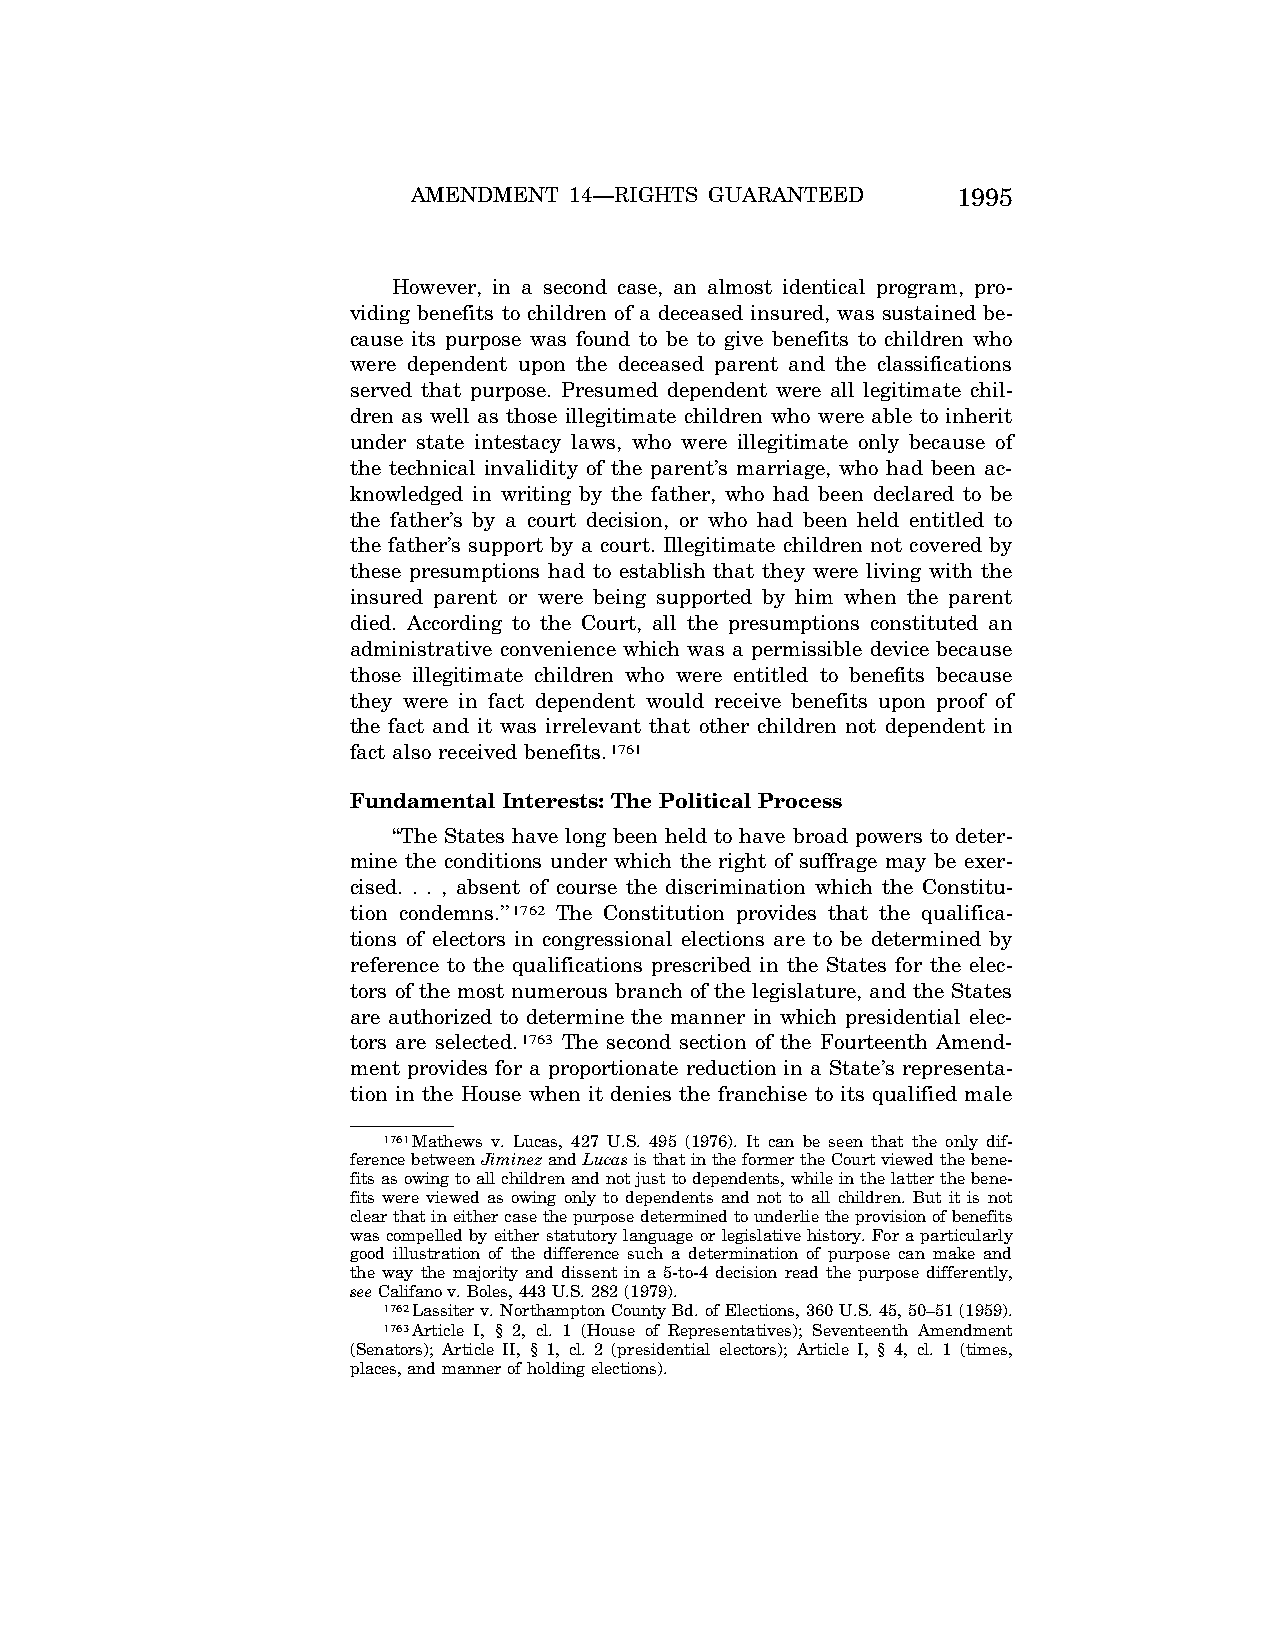
AMENDMENT  14—RIGHTS GUARANTEED     1995
 However, in a second case, an almost identical program, pro-
 viding benefits to children of a deceased insured, was sustained be-
 cause its purpose was found to be to give benefits to children who
 were dependent upon the deceased parent and the classifications
 served that purpose. Presumed dependent were all legitimate chil-
 dren as well as those illegitimate children who were able to inherit
 under state intestacy laws, who were illegitimate only because of
 the technical invalidity of the parent’s marriage, who had been ac-
 knowledged in writing by the father, who had been declared to be
 the father’s by a court decision, or who had been held entitled to
 the father’s support by a court. Illegitimate children not covered by
 these presumptions had to establish that they were living with the
 insured parent or were being supported by him when the parent
 died. According to the Court, all the presumptions constituted an
 administrative convenience which was a permissible device because
 those illegitimate children who were entitled to benefits because
 they were in fact dependent would receive benefits upon proof of
 the fact and it was irrelevant that other children not dependent in
 fact also received benefits.1761
 Fundamental Interests: The Political Process
 ‘‘The States have long been held to have broad powers to deter-
 mine the conditions under which the right of suffrage may be exer-
 cised. . . , absent of course the discrimination which the Constitu-
 tion condemns.’’1762 The Constitution provides that the qualifica-
 tions of electors in congressional elections are to be determined by
 reference to the qualifications prescribed in the States for the elec-
 tors of the most numerous branch of the legislature, and the States
 are authorized to determine the manner in which presidential elec-
 tors are selected.1763 The second section of the Fourteenth Amend-
 ment provides for a proportionate reduction in a State’s representa-
 tion in the House when it denies the franchise to its qualified male
 1761Mathews v. Lucas, 427 U.S. 495 (1976). It can be seen that the only dif-
 ference between JiminezandLucasis that in the former the Court viewed the bene-
 fits as owing to all children and not just to dependents, while in the latter the bene-
 fits were viewed as owing only to dependents and not to all children. But it is not
 clear that in either case the purpose determined to underlie the provision of benefits
 was compelled by either statutory language or legislative history. For a particularly
 good illustration of the difference such a determination of purpose can make and
 the way the majority and dissent in a 5-to-4 decision read the purpose differently,
 seeCalifano v. Boles, 443 U.S. 282 (1979).
 1762Lassiter v. Northampton County Bd. of Elections, 360 U.S. 45, 50–51 (1959).
 1763Article I, § 2, cl. 1 (House of Representatives); Seventeenth Amendment
 (Senators); Article II, § 1, cl. 2 (presidential electors); Article I, § 4, cl. 1 (times,
 places, and manner of holding elections).
 VerDate Jul<13>2004 05:44 Jul 13, 2004 Jkt 000000 PO 00000 Frm 00325 Fmt 8222 Sfmt 8222 \\GSDDPC41\YOURS-AND-MINE\CON046.SGM CON046